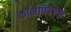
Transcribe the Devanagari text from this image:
कॉनपिडेन्श्ल